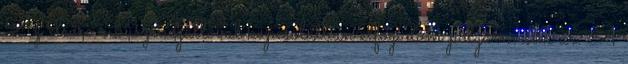
Az elsőre a buszmegállóval kapcsolatban elfogadom polgármester úr. A